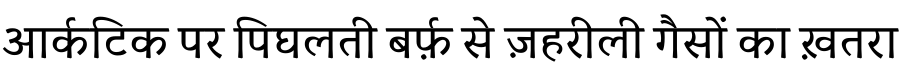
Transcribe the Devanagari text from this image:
आर्कटिक पर पिघलती बर्फ़ से ज़हरीली गैसों का ख़तरा